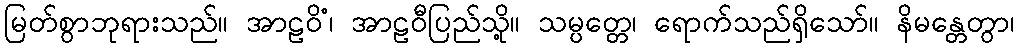
မြတ်စွာဘုရားသည်။ အာဠဝိံ၊ အာဠဝီပြည်သို့။ သမ္ပတ္တေ၊ ရောက်သည်ရှိသော်။ နိမန္တေတွာ၊